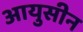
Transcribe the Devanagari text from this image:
आयुसीन